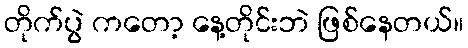
တိုက်ပွဲ ကတော့ နေ့တိုင်းဘဲ ဖြစ်နေတယ်။